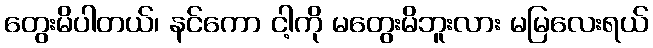
တွေးမိပါတယ်၊ နင်ကော ငါ့ကို မတွေးမိဘူးလား မမြလေးရယ်